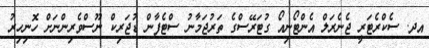
އދ. ސެކްރެޓަރީ ޖެނެރަލް އެންޓޯނިއޯ ގުޓަރޭސްގެ ތަރުޖަމާނު ސްޓެފާން ޑުޖަރިކް ނޫސްވެރިންނަށް ހޮނިހިރު